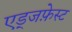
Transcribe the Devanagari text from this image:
एड्जफ़ेस्ट